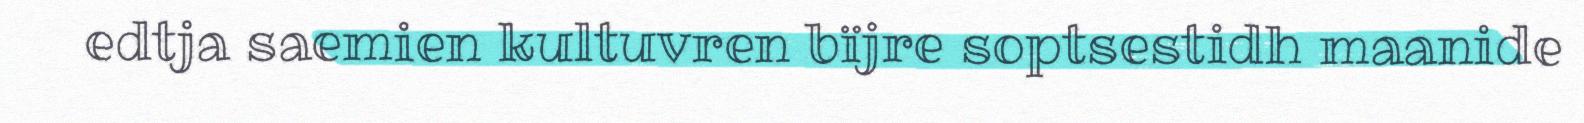
edtja saemien kultuvren bïjre soptsestidh maanide